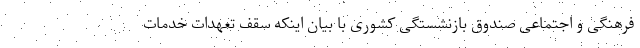
فرهنگی و اجتماعی صندوق بازنشستگی کشوری با بیان اینکه سقف تعهدات خدمات